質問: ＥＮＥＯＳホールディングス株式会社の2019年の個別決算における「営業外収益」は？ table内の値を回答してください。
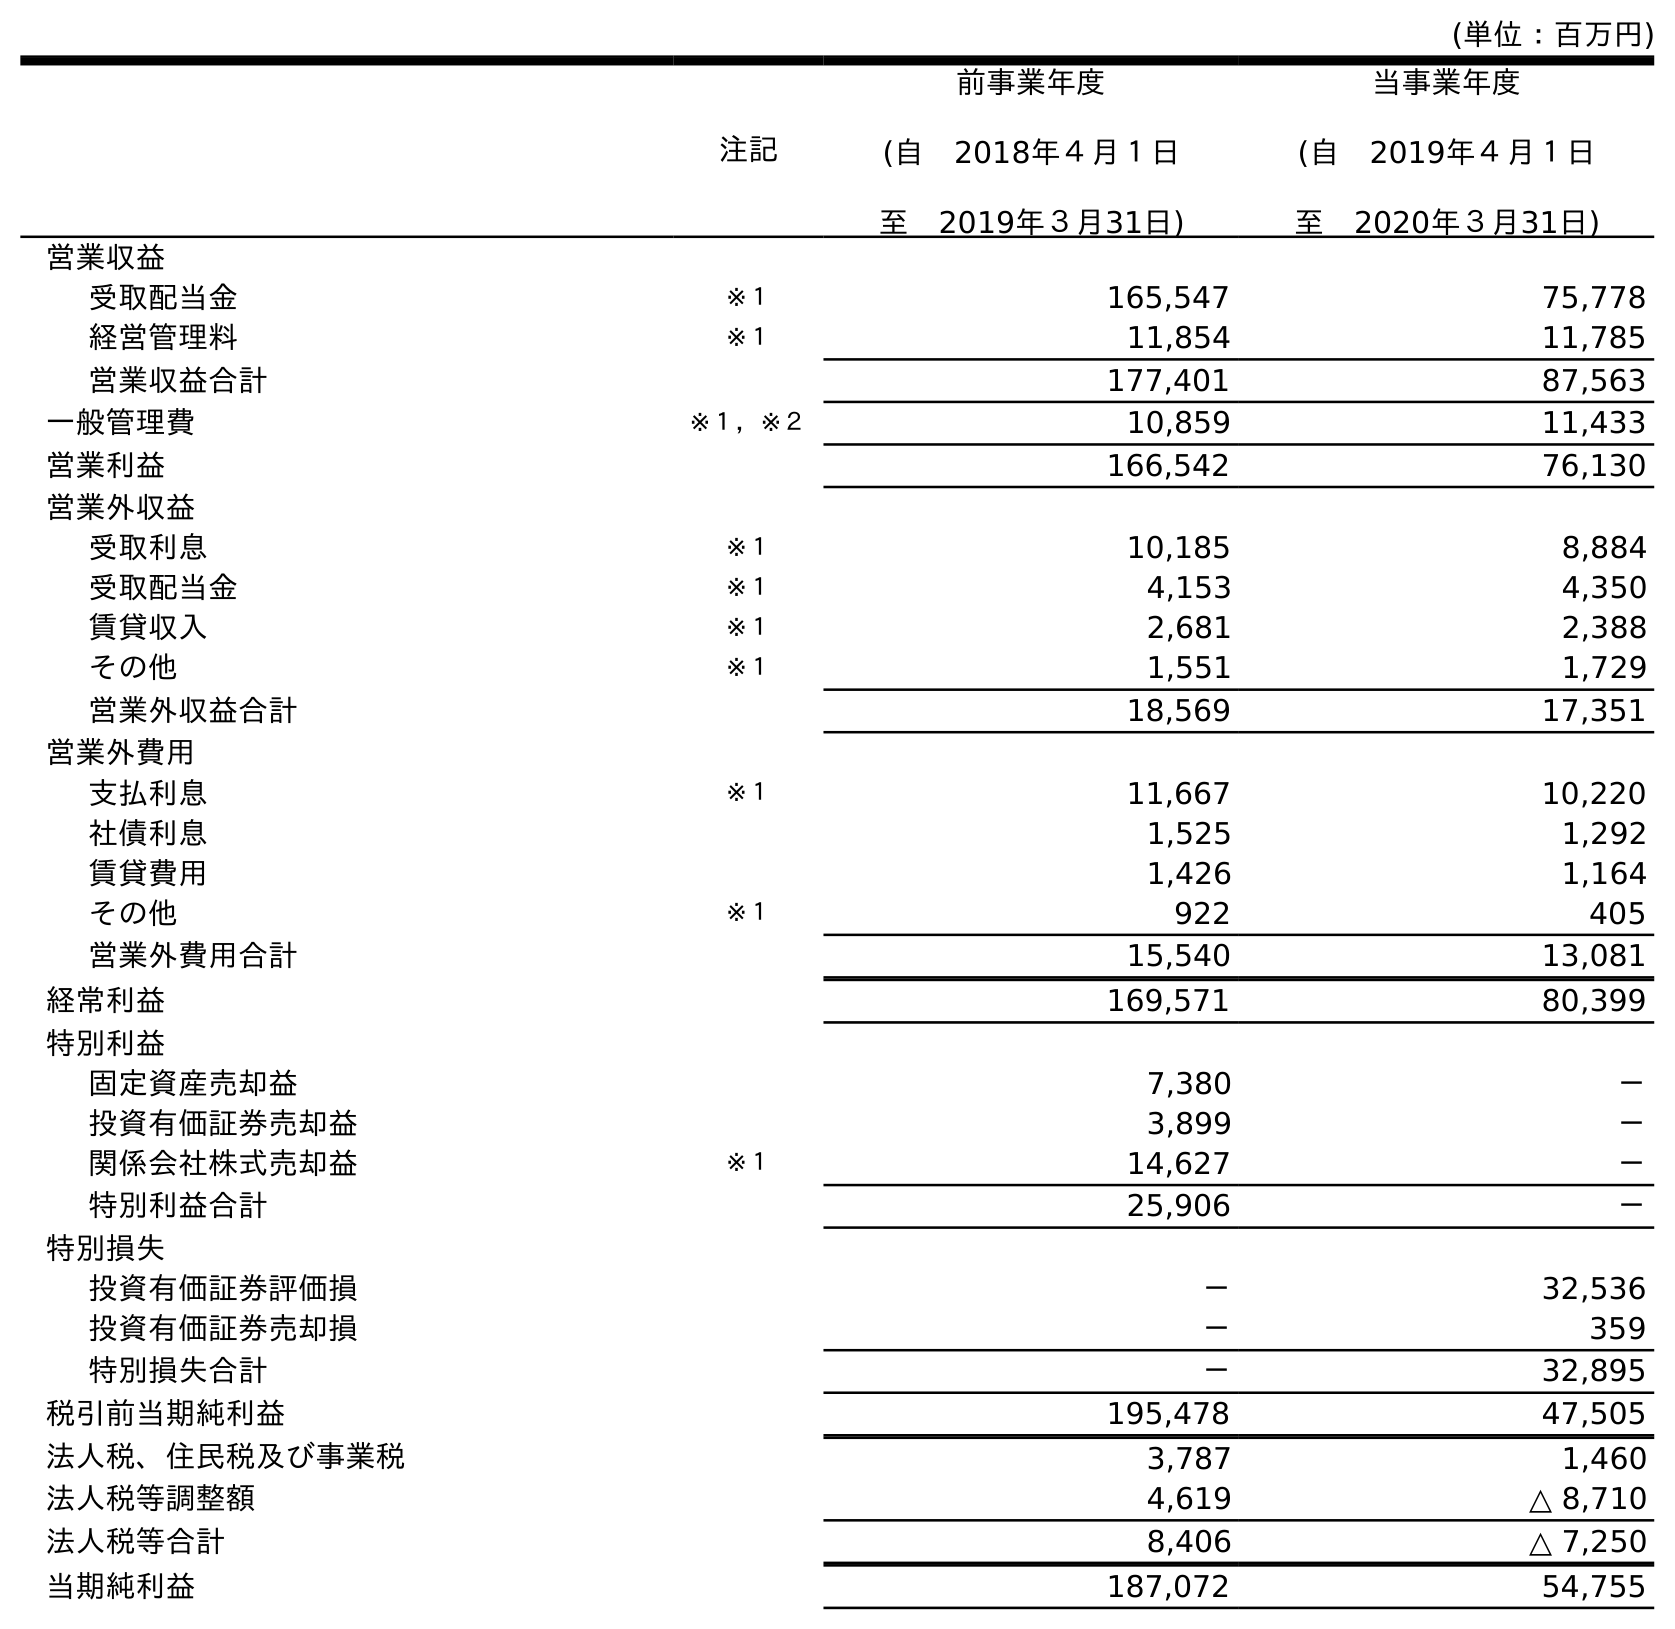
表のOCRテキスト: (単位：百万円) 注記 前事業年度 (自 2018年４月１日 至 2019年３月31日) 当事業年度 (自 2019年４月１日 至 2020年３月31日) 営業収益 受取配当金 ※１ 165,547 75,778 経営管理料 ※１ 11,854 11,785 営業収益合計 177,401 87,563 一般管理費 ※１，※２ 10,859 11,433 営業利益 166,542 76,130 営業外収益 受取利息 ※１ 10,185 8,884 受取配当金 ※１ 4,153 4,350 賃貸収入 ※１ 2,681 2,388 その他 ※１ 1,551 1,729 営業外収益合計 18,569 17,351 営業外費用 支払利息 ※１ 11,667 10,220 社債利息 1,525 1,292 賃貸費用 1,426 1,164 その他 ※１ 922 405 営業外費用合計 15,540 13,081 経常利益 169,571 80,399 特別利益 固定資産売却益 7,380 － 投資有価証券売却益 3,899 － 関係会社株式売却益 ※１ 14,627 － 特別利益合計 25,906 － 特別損失 投資有価証券評価損 － 32,536 投資有価証券売却損 － 359 特別損失合計 － 32,895 税引前当期純利益 195,478 47,505 法人税、住民税及び事業税 3,787 1,460 法人税等調整額 4,619 △ 8,710 法人税等合計 8,406 △ 7,250 当期純利益 187,072 54,755
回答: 18,569